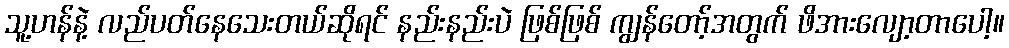
သူ့ဟန်နဲ့ လည်ပတ်နေသေးတယ်ဆိုရင် နည်းနည်းပဲ ဖြစ်ဖြစ် ကျွန်တော့်အတွက် ဖိအားလျော့တာပေါ့။